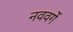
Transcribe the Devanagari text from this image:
नववर्गे